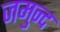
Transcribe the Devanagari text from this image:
जमुन्द